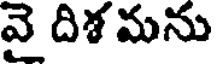
వై దిశ మను